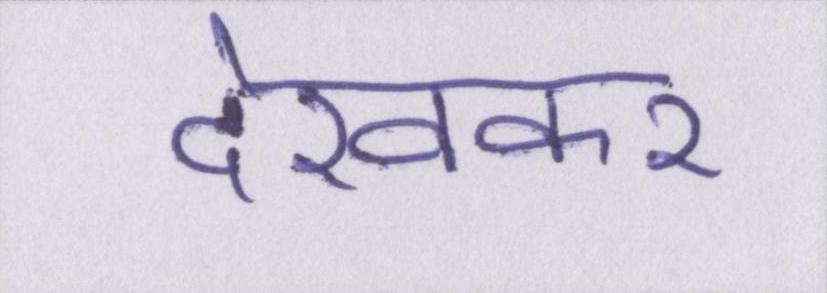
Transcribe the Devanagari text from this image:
देखकर